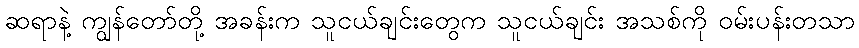
ဆရာနဲ့ ကျွန်တော်တို့ အခန်းက သူငယ်ချင်းတွေက သူငယ်ချင်း အသစ်ကို ဝမ်းပန်းတသာ